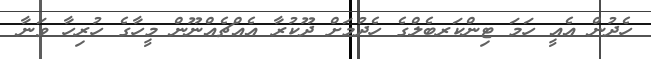
ހެދުން އެއީ ހަމަ ޓިންކަރބެލްގެ ހެދުމަށް ދޫކުރާ އެއްޗެއްނޫން މީހާގެ ހުރިހާ ވަނާ